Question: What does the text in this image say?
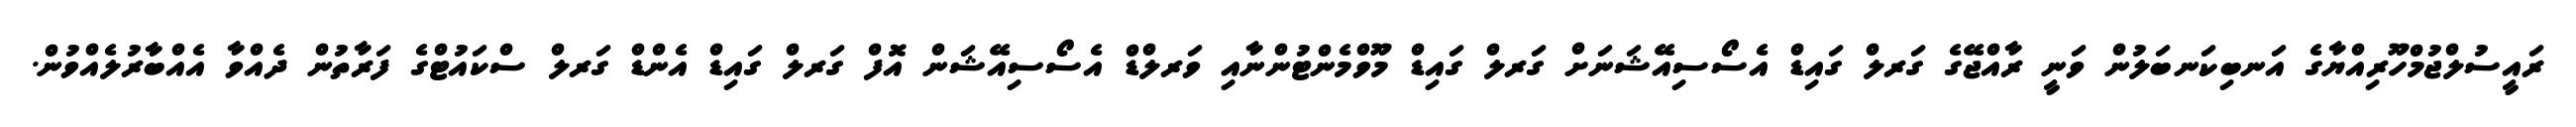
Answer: ރައީސުލްޖުމްހޫރިއްޔާގެ އަނބިކަނބަލުން ވަނީ ރާއްޖޭގެ ގަރލް ގައިޑް އެސޯސިއޭޝަނަށް ގަރލް ގައިޑް މޫވްމެންޓުންނާއި ވަރލްޑް އެސޯސިއޭޝަން އޮފް ގަރލް ގައިޑް އެންޑް ގަރލް ސްކައުޓްގެ ފަރާތުން ދެއްވާ އެއްބާރުލެއްވުން.